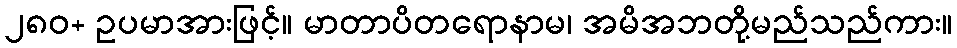
၂၈၀+ ဥပမာအားဖြင့်။ မာတာပိတရောနာမ၊ အမိအဘတို့မည်သည်ကား။